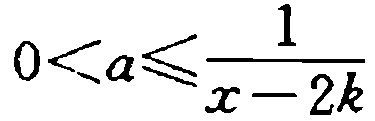
\(0 < a\leqslant\frac{1}{x - 2k}\)